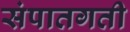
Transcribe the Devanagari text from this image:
संपातगती